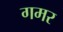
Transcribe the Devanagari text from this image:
गमर